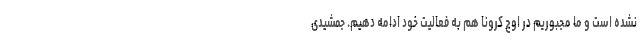
نشده است و ما مجبوریم در اوج کرونا هم به فعالیت خود ادامه دهیم. جمشیدی